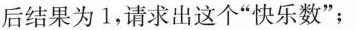
后结果为1，请求出这个"快乐数”；